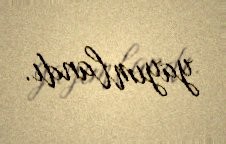
yayımlandı.